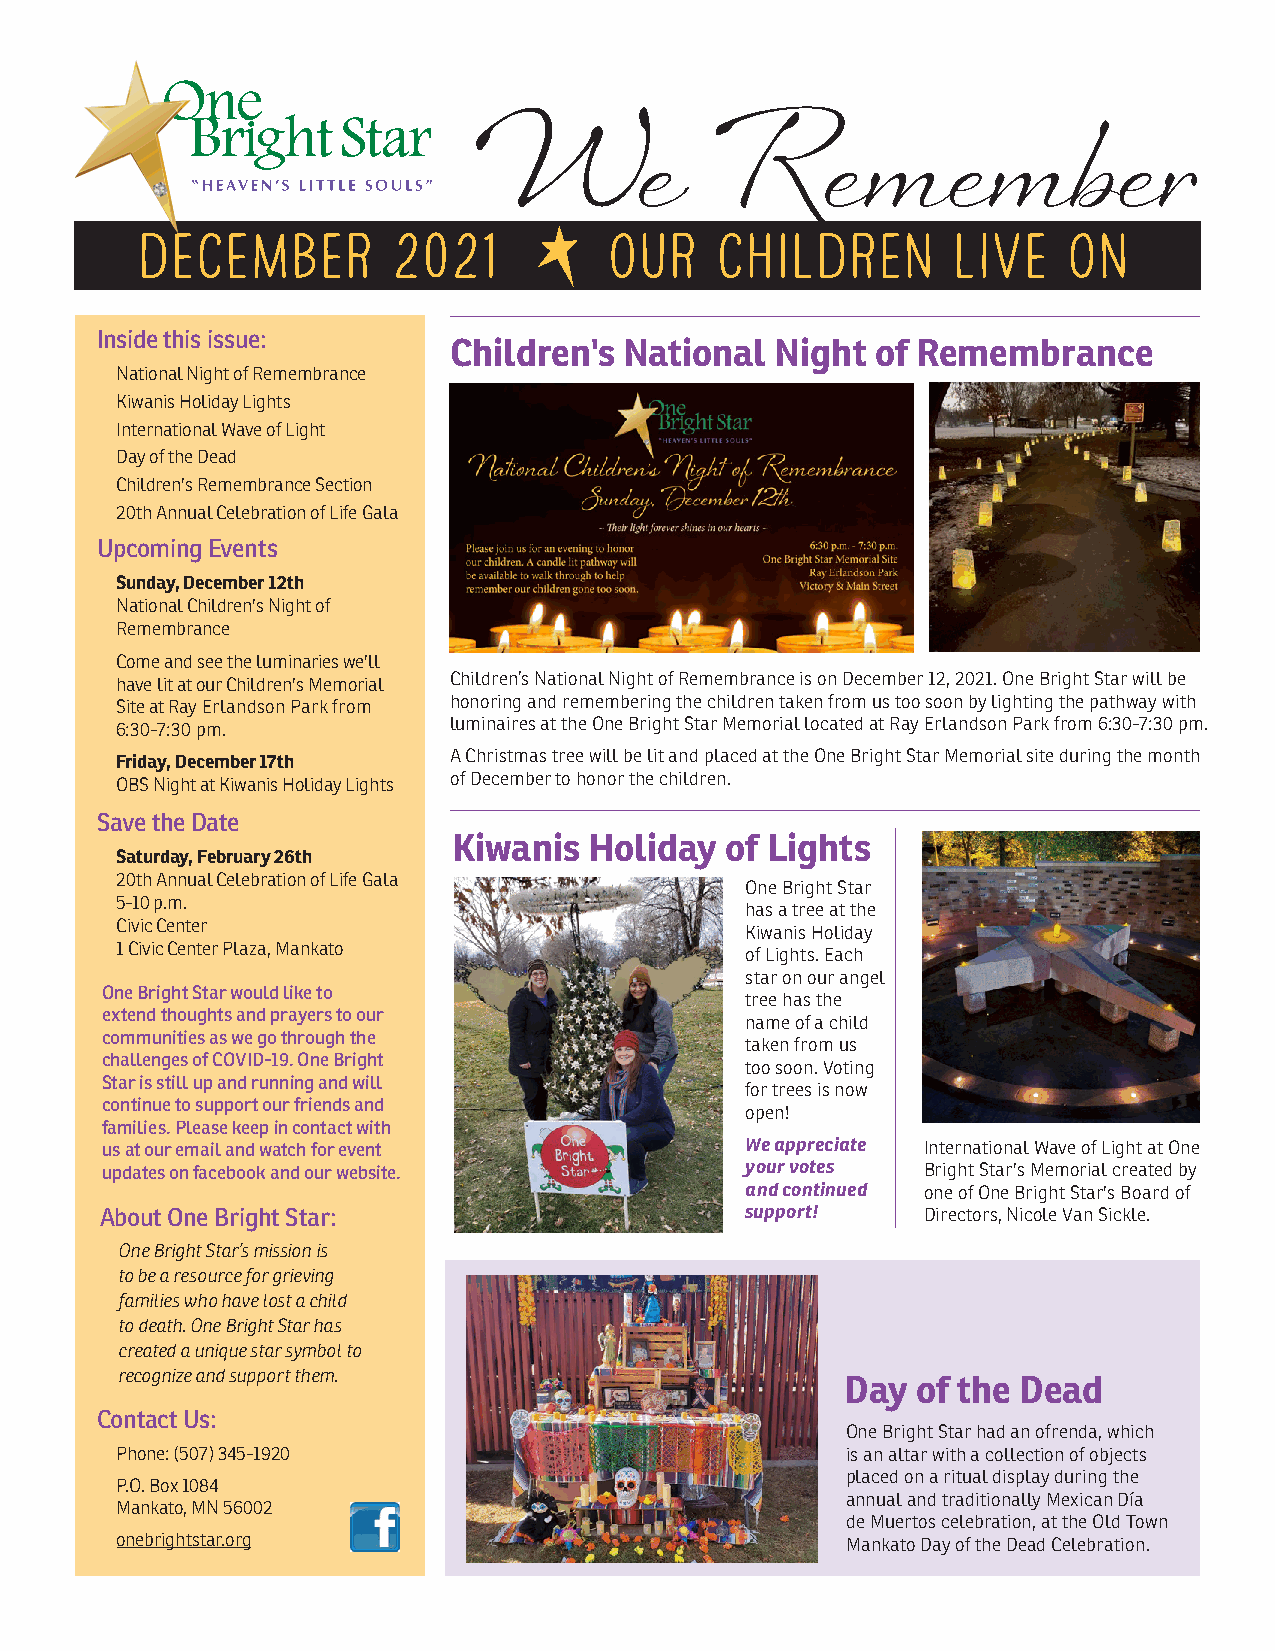
W         e     R      e m     e  m    b  e  r
 DECEMBER         2021          OUR     CHILDREN       LIVE    ON
 Inside this issue:
 Children's National  Night  of Remembrance
 National Night of Remembrance
 Kiwanis Holiday Lights
 International Wave of Light
 Day of the Dead
 Children's Remembrance Section
 20th Annual Celebration of Life Gala
 Upcoming Events
 Sunday, December 12th
 National Children's Night of
 Remembrance
 Come and see the luminaries we'll
 have lit at our Children's Memorial Children’s National Night of Remembrance is on December 12, 2021. One Bright Star will be
 Site at Ray Erlandson Park from honoring and remembering the children taken from us too soon by lighting the pathway with
 6:30-7:30 pm.         luminaires at the One Bright Star Memorial located at Ray Erlandson Park from 6:30-7:30 pm.
 A Christmas tree will be lit and placed at the One Bright Star Memorial site during the month
 Friday, December 17th
 of December to honor the children.
 OBS Night at Kiwanis Holiday Lights
 Save the Date
 Kiwanis  Holiday  of Lights
 Saturday, February 26th
 20th Annual Celebration of Life Gala
 One Bright Star
 5-10 p.m.
 has a tree at the
 Civic Center
 Kiwanis Holiday
 1 Civic Center Plaza, Mankato
 of Lights. Each
 star on our angel
 One Bright Star would like to
 tree has the
 extend thoughts and prayers to our
 name of a child
 communities as we go through the
 taken from us
 challenges of COVID-19. One Bright
 too soon. Voting
 Star is still up and running and will
 for trees is now
 continue to support our friends and
 open!
 families. Please keep in contact with
 us at our email and watch for event       We appreciate International Wave of Light at One
 updates on facebook and our website.      your votes  Bright Star's Memorial created by
 and continued one of One Bright Star's Board of
 About One Bright Star:                    support!    Directors, Nicole Van Sickle.
 One Bright Star’s mission is
 to be a resource for grieving
 families who have lost a child
 to death. One Bright Star has
 created a unique star symbol to
 recognize and support them.
 Day  of the Dead
 Contact Us:
 One Bright Star had an ofrenda, which
 Phone: (507) 345-1920                           is an altar with a collection of objects
 placed on a ritual display during the
 P.O. Box 1084
 annual and traditionally Mexican Día
 Mankato, MN 56002
 de Muertos celebration, at the Old Town
 onebrightstar.org                               Mankato Day of the Dead Celebration.